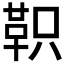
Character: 𫖆